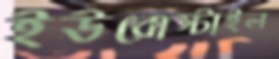
ইউরোস্টাইল